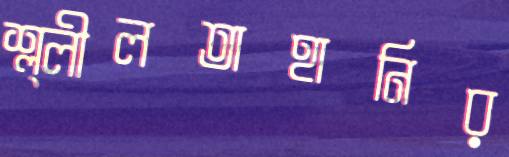
শ্ল্লীলতাহানির